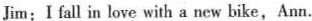
Jim:I fall in love with a new bike,Ann.